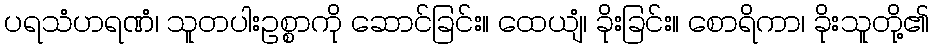
ပရသံဟရဏံ၊ သူတပါးဥစ္စာကို ဆောင်ခြင်း။ ထေယျံ၊ ခိုးခြင်း။ စောရိကာ၊ ခိုးသူတို့၏